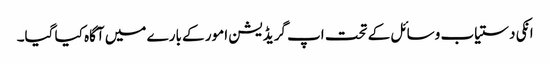
انکی دستیاب وسائل کے تحت اپ گریڈیشن امور کے بارے میں آگاہ کیا گیا۔